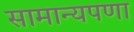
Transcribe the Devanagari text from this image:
सामान्यपणा